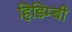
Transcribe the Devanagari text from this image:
हिडिम्बी